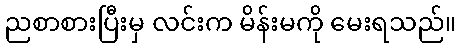
ညစာစားပြီးမှ လင်းက မိန်းမကို မေးရသည်။